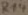
Text: R14